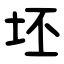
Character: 坯